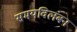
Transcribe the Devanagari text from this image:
समयविलंबन